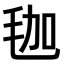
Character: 𣭋